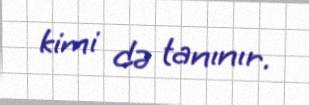
kimi də tanınır.